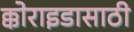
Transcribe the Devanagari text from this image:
क्कोराइडासाठी